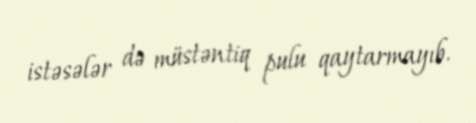
istəsələr də müstəntiq pulu qaytarmayıb.